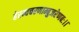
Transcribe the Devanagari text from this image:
हेरम्वचरणाम्बुजरेणबः।।